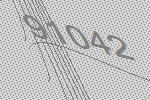
91042